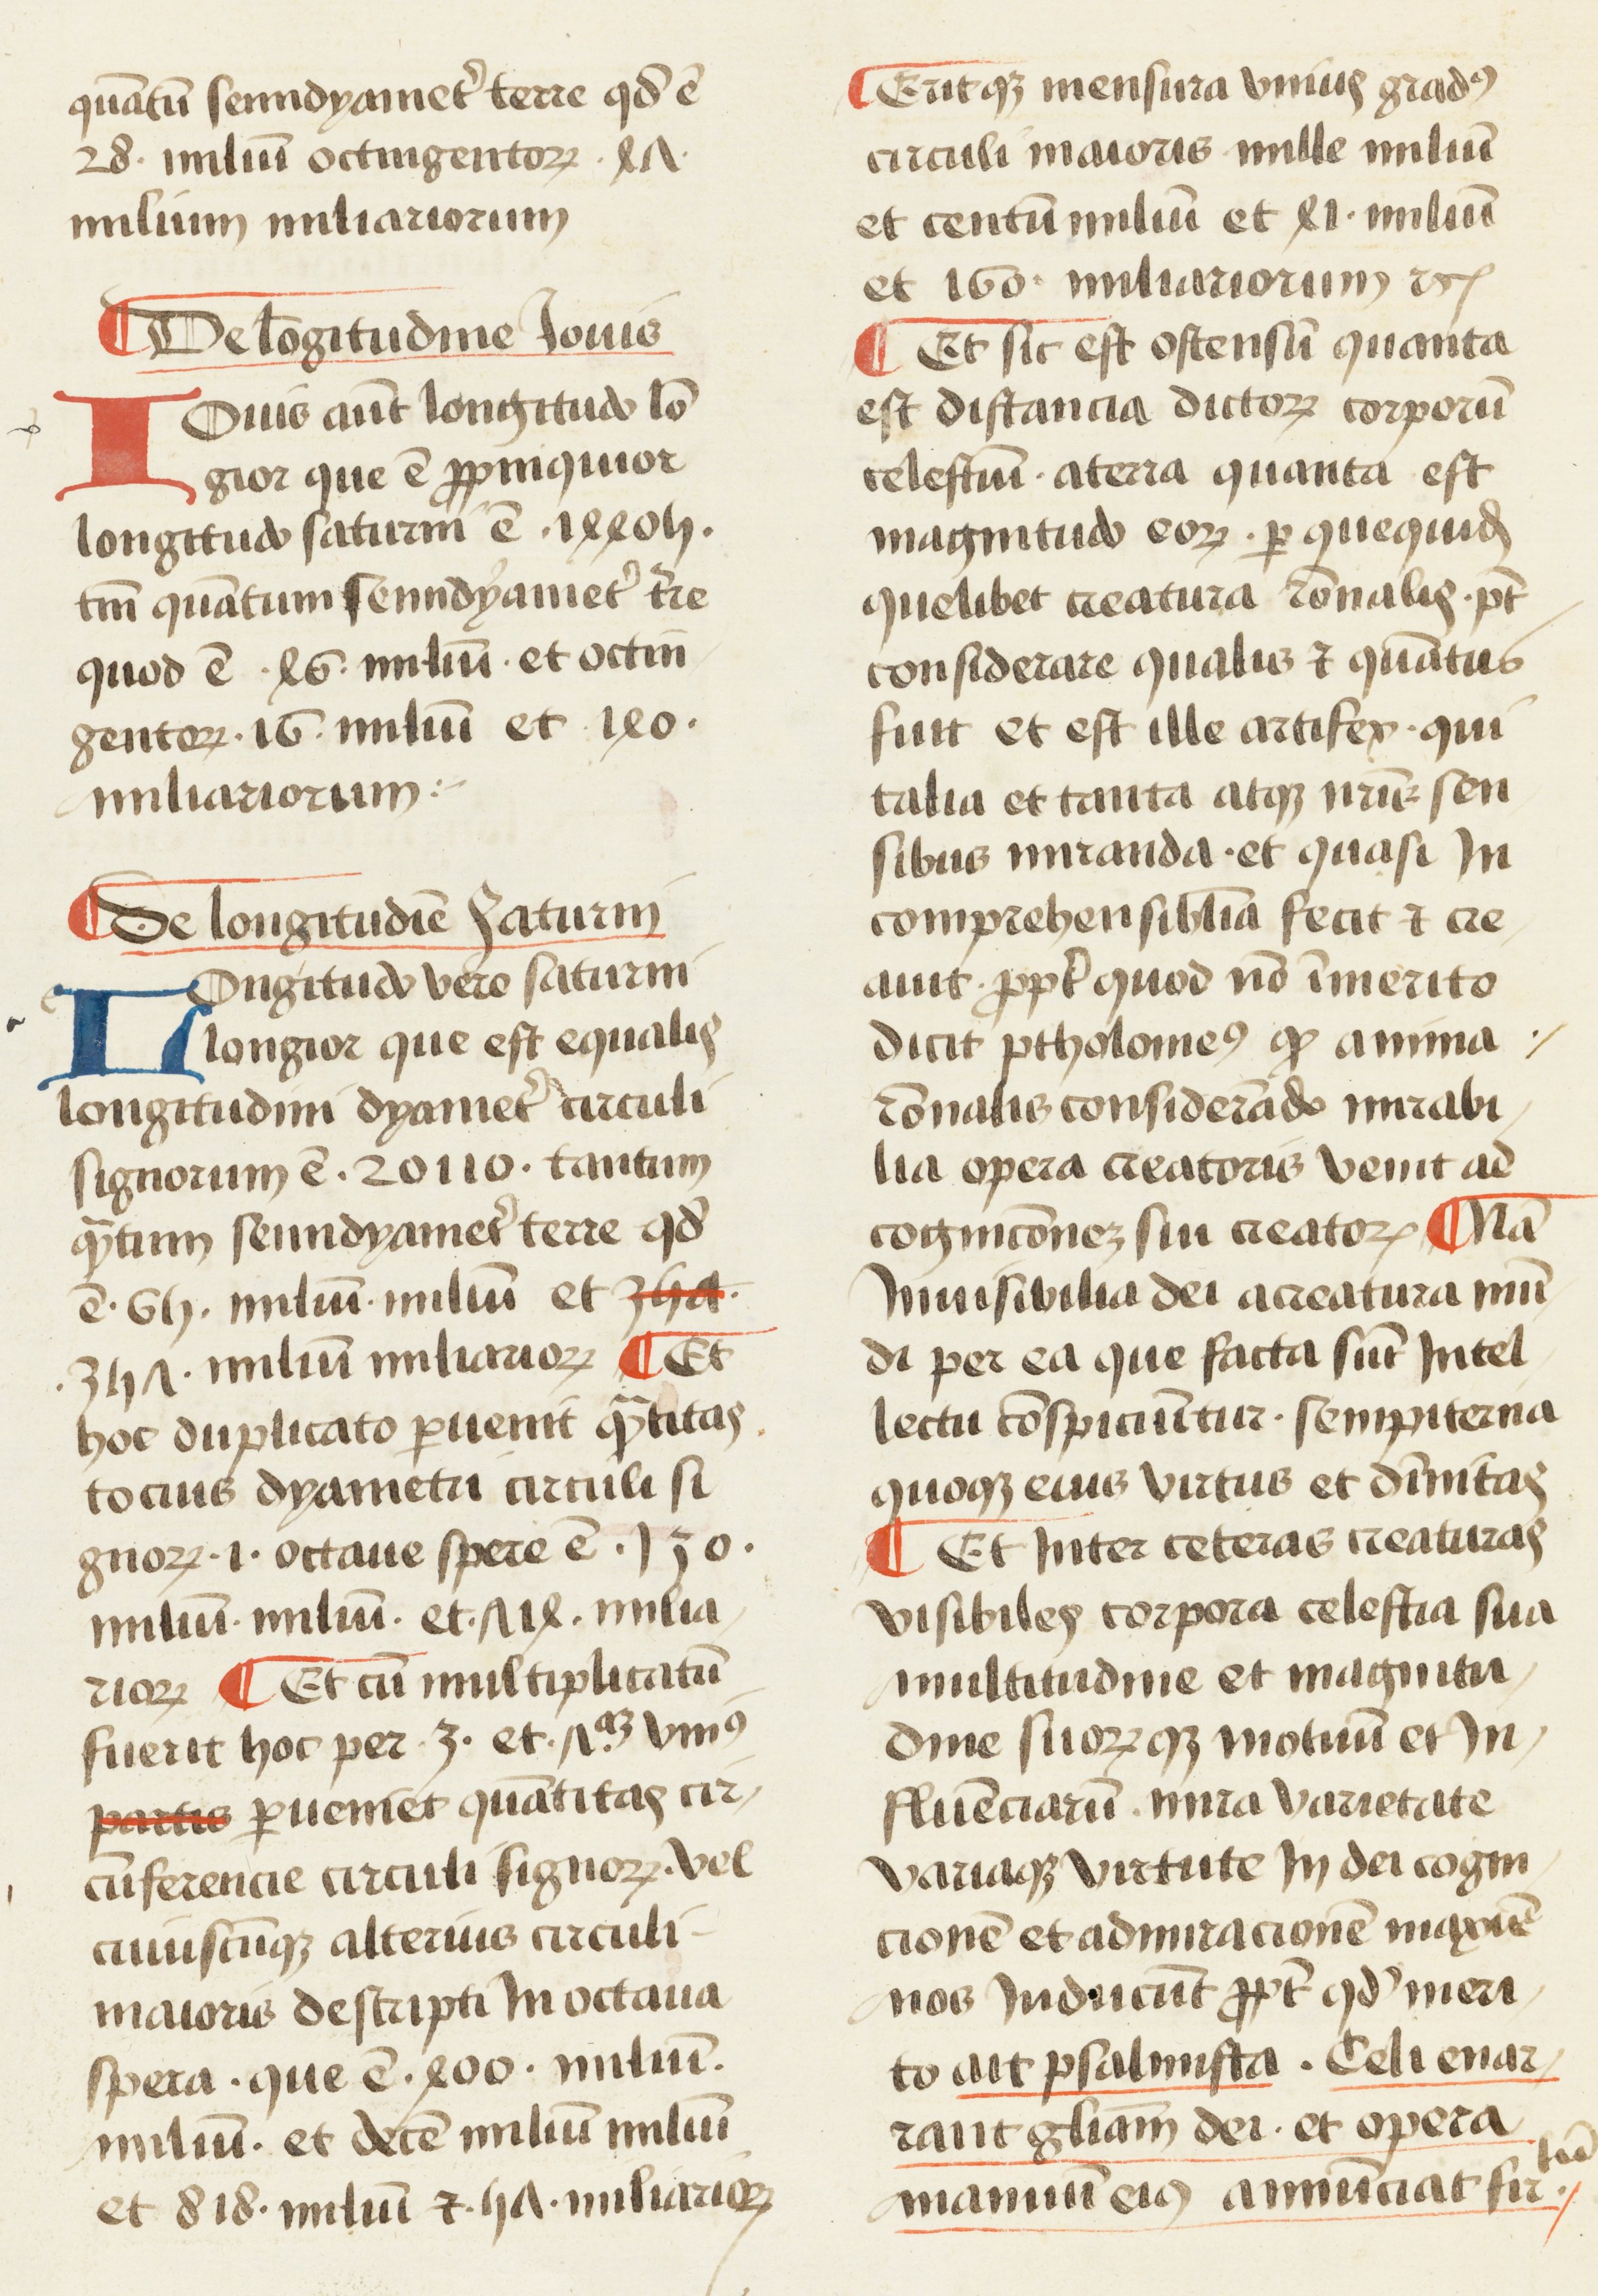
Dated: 1450–1474